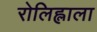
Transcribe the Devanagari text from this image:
रोलिह्लाला